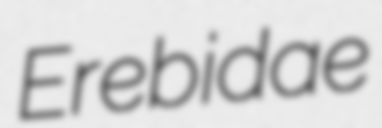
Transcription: Erebidae